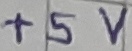
Text: +5V